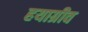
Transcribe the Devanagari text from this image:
हयाग्रीव